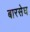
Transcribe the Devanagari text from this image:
बारसेघ